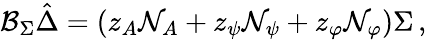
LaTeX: {{\cal B}_{\Sigma}}\hat{\Delta}=\left(z_{A}{\cal N}_{A}+z_{\psi}{\cal N}_{\psi}+z_{\varphi}{\cal N}_{\varphi}\right)\Sigma\, ,